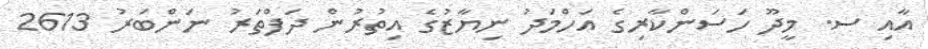
އާއި ސ. މީދޫ ހަސަންކާރިގެ އަހްމަދު ނިޔާޒުގެ އިތުރުން ދަފްތަރު ނަންބަރު 2613